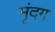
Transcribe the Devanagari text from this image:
मृंदग